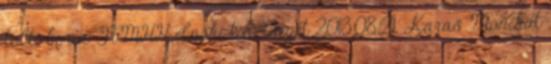
tölti be az NMHH elnöki tisztségét 2013.08.21. Karas Monikát